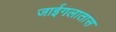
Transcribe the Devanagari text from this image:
जाईगलातास